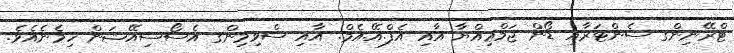
ޓްރޭނިންގ ސެންޓަރާއި ޑޯން ޖަމްޢިއްޔާ އާއި އެފް.އޭ.އެމް. އާއި ސްވިމިންގ އެސޯސިއޭޝަން ހިމެނެއެވެ.